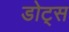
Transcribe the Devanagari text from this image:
डोट्स